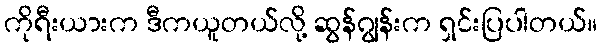
ကိုရီးယားက ဒီကယူတယ်လို့ ဆွန်ဂျွန်းက ရှင်းပြပါတယ်။